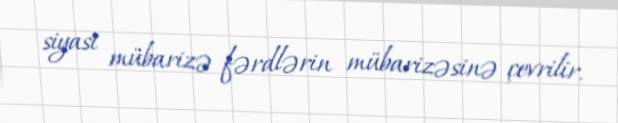
siyasi mübarizə fərdlərin mübarizəsinə çevrilir.